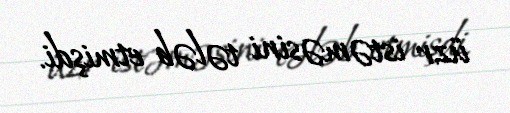
üzr istəməsini tələb etmişdi.